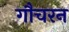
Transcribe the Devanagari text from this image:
गौचरन